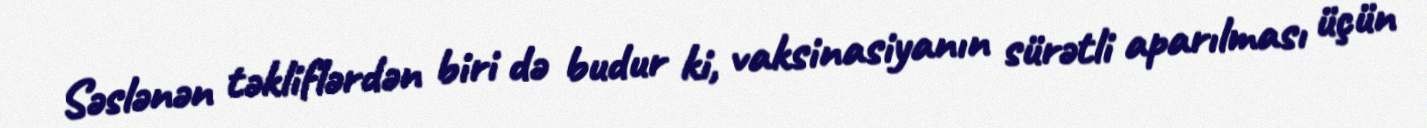
Səslənən təkliflərdən biri də budur ki, vaksinasiyanın sürətli aparılması üçün